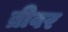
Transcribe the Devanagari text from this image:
ब्रीवर